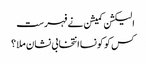
الیکشن کمیشن نے فہرست
کس کو کونسا انتخابی نشان ملا ؟